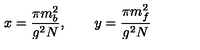
x = \frac { \pi m _ { b } ^ { 2 } } { g ^ { 2 } N } , \qquad y = \frac { \pi m _ { f } ^ { 2 } } { g ^ { 2 } N }